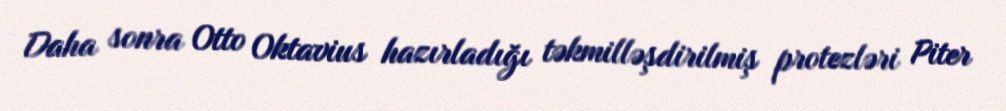
Daha sonra Otto Oktavius hazırladığı təkmilləşdirilmiş protezləri Piter